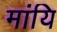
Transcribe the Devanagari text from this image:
मांयि